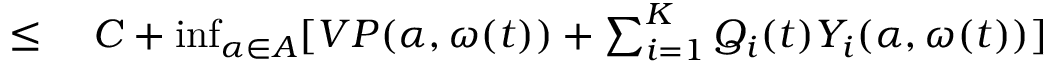
\begin{array} { r l } { \leq { } } & { { } C + \operatorname* { i n f } _ { \alpha \in A } [ V P ( \alpha , \omega ( t ) ) + \sum _ { i = 1 } ^ { K } Q _ { i } ( t ) Y _ { i } ( \alpha , \omega ( t ) ) ] } \end{array}